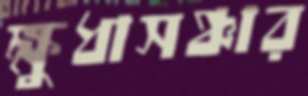
ক্ষুধাসঞ্চার